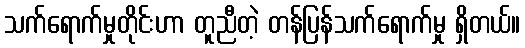
သက်ရောက်မှုတိုင်းဟာ တူညီတဲ့ တန်ပြန်သက်ရောက်မှု ရှိတယ်။